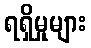
ရရှိမှုများ